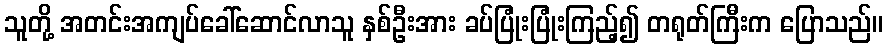
သူတို့ အတင်းအကျပ်ခေါ်ဆောင်လာသူ နှစ်ဦးအား ခပ်ပြုံးပြုံးကြည့်၍ တရုတ်ကြီးက ပြောသည်။